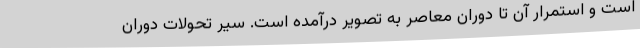
است و استمرار آن تا دوران معاصر به تصویر درآمده است. سير تحولات دوران